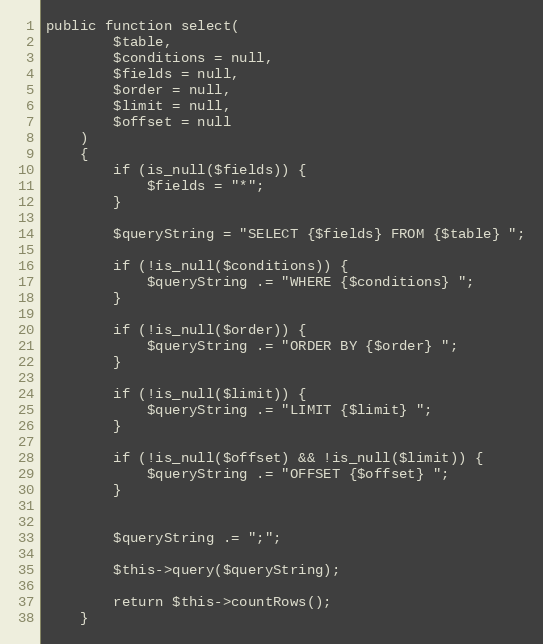
Language: PHP
public function select(
        $table,
        $conditions = null,
        $fields = null,
        $order = null,
        $limit = null,
        $offset = null
    )
    {
        if (is_null($fields)) {
            $fields = "*";
        }

        $queryString = "SELECT {$fields} FROM {$table} ";

        if (!is_null($conditions)) {
            $queryString .= "WHERE {$conditions} ";
        }

        if (!is_null($order)) {
            $queryString .= "ORDER BY {$order} ";
        }

        if (!is_null($limit)) {
            $queryString .= "LIMIT {$limit} ";
        }

        if (!is_null($offset) && !is_null($limit)) {
            $queryString .= "OFFSET {$offset} ";
        }

        $queryString .= ";";

        $this->query($queryString);

        return $this->countRows();
    }